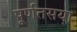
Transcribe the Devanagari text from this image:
पूर्णतसया